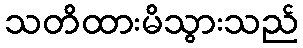
သတိထားမိသွားသည်